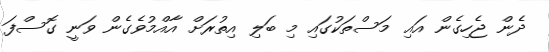
ދެން ޖެހިގެން އައި މަސްތަކުގައި މި ބަލި އިތުރަށް އާއްމުވެގެން ވަނީ ގޮސްފަ